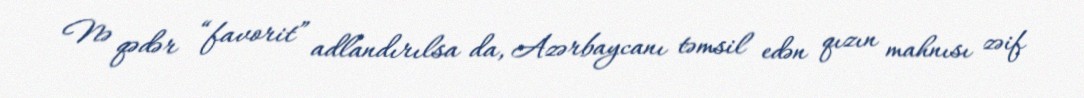
Nə qədər “favorit” adlandırılsa da, Azərbaycanı təmsil edən qızın mahnısı zəif